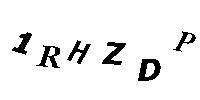
1RHZDP